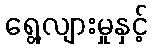
ရွေ့လျားမှုနှင့်